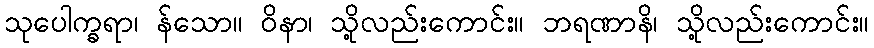
သုပေါက္ခရာ၊ န်သော။ ဝိနာ၊ သို့လည်းကောင်း။ ဘရဏာနိ၊ သို့လည်းကောင်း။